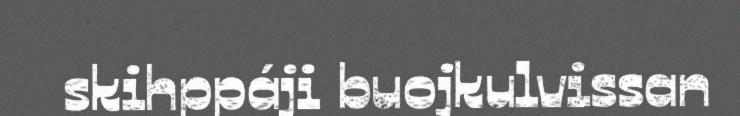
skihppáji buojkulvissan